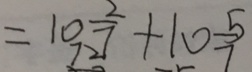
= 1 0 \frac { 2 } { 7 } + 1 0 \frac { 5 } { 7 }